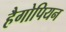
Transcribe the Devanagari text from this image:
हैगोपियन